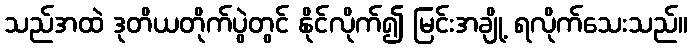
သည်အထဲ ဒုတိယတိုက်ပွဲတွင် နိုင်လိုက်၍ မြင်းအချို့ ရလိုက်သေးသည်။